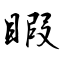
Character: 睱